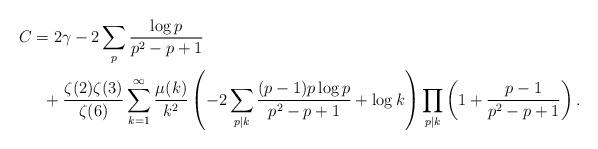
LaTeX: \begin{align*} C&= 2\gamma-2\sum_{p}\frac{\log p}{p^2-p+1} \\ & \ \ + \frac{\zeta(2)\zeta(3)}{\zeta(6)}\sum_{k=1}^{\infty} \frac{\mu(k)}{k^2} \left(-2\sum_{p|k}\frac{(p-1)p\log p}{p^2-p+1}+\log k\right)\prod\limits_{p|k} \left(1+\frac{p-1}{p^2-p+1}\right). \end{align*}